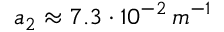
a _ { 2 } \approx 7 . 3 \cdot 1 0 ^ { - 2 } \, m ^ { - 1 }